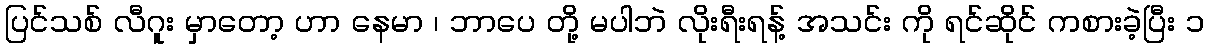
ပြင်သစ် လီဂူး မှာတော့ ဟာ နေမာ ၊ ဘာပေ တို့ မပါဘဲ လိုးရီးရန့် အသင်း ကို ရင်ဆိုင် ကစားခဲ့ပြီး ၁